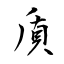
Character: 貭